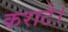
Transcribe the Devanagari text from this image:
कराटे।